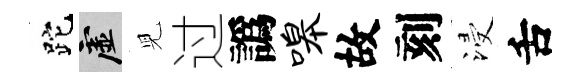
跎虚児过譌嗥故刻浸舌